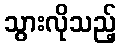
သွားလိုသည့်